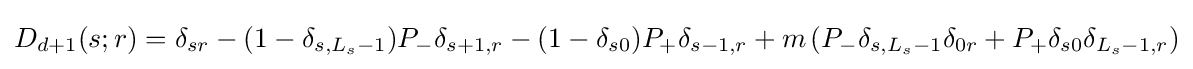
D_{d+1}(s;r)=\delta _{sr}-(1-\delta _{s,L_{s}-1})P_{-}\delta _{s+1,r}-(1-\delta _{s0})P_{+}\delta _{s-1,r}+m\left(P_{-}\delta _{s,L_{s}-1}\delta _{0r}+P_{+}\delta _{s0}\delta _{L_{s}-1,r}\right)